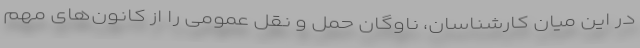
در این میان کارشناسان، ناوگان حمل و نقل عمومی را از کانون‌های مهم